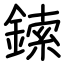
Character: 鎍